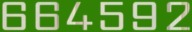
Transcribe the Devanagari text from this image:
६६४५९२